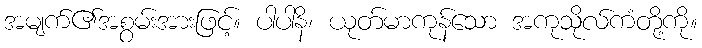
အမျက်၏အစွမ်းအားဖြင့်။ ပါပါနိ၊ ယုတ်မာကုန်သော အကုသိုလ်ကံတို့ကို။